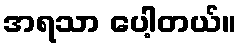
အရသာ ပေါ့တယ်။